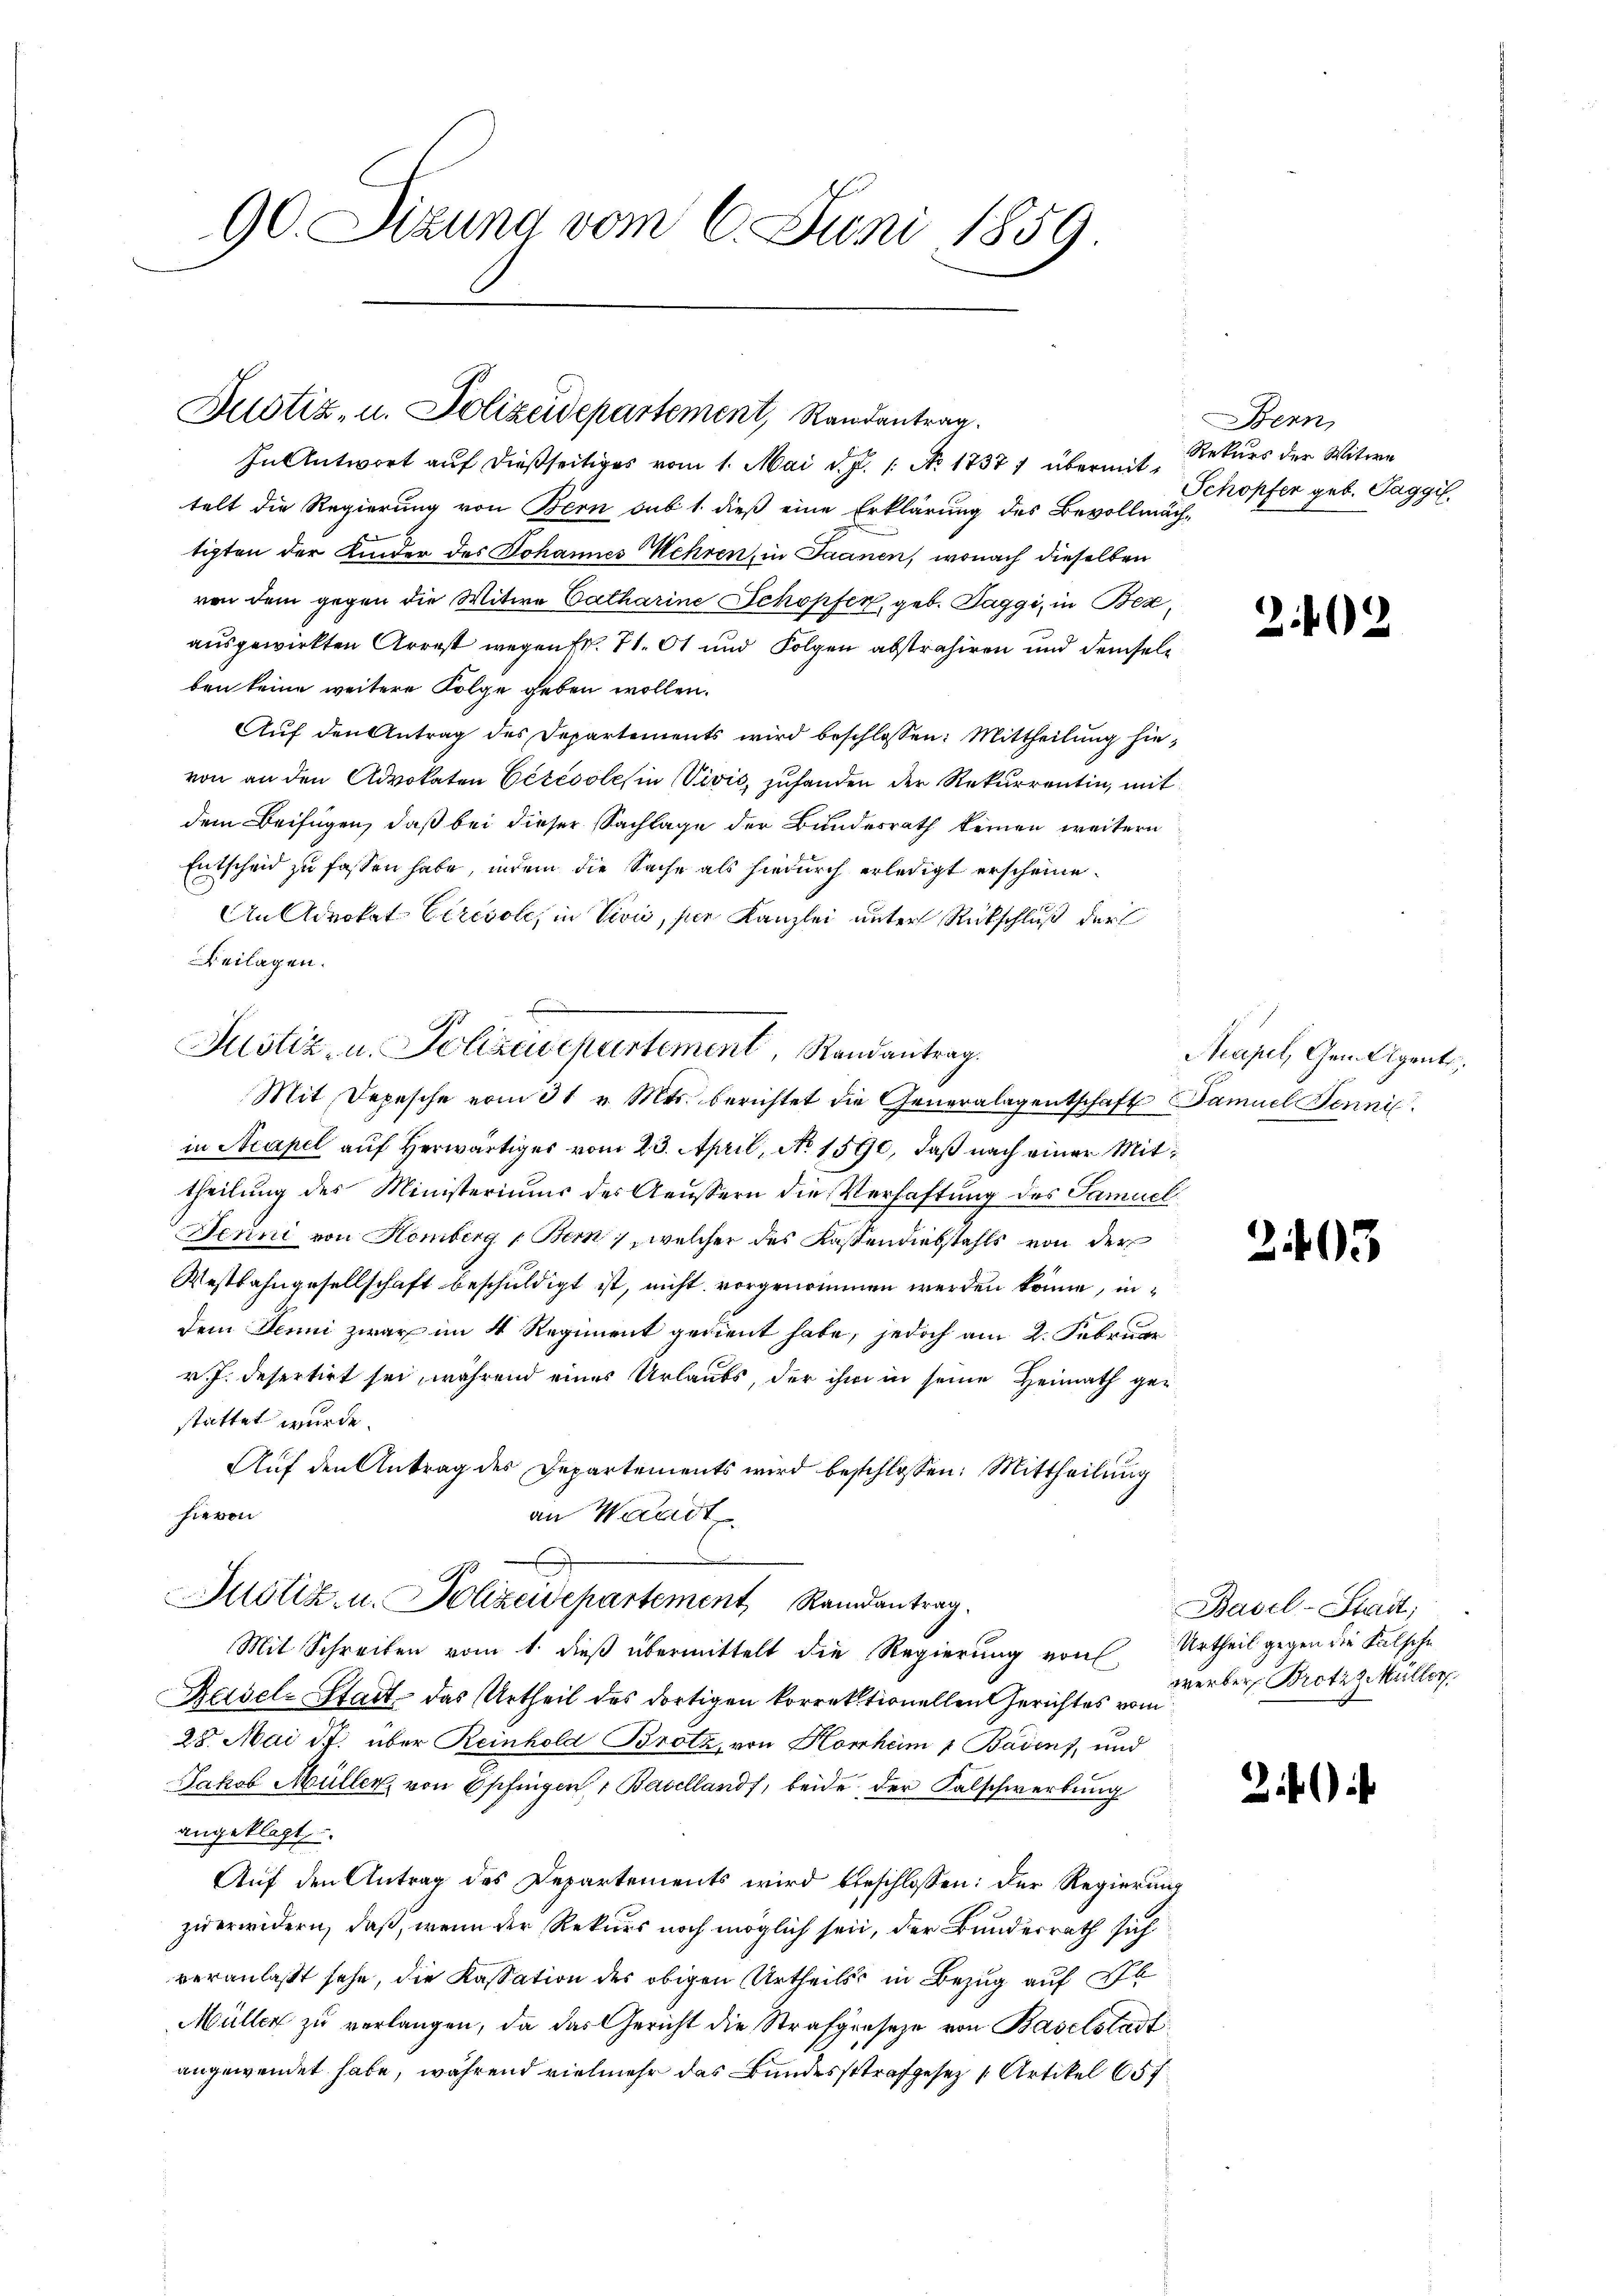
90. Sizung vom 6. Juni 1859.

Justiz- u. Polizeidepartement, Randantrag.
In Antwort auf dießseitiges vom 1. Mai d. J. 1. No. 1837, übermit, Rekurs der Witwe

telt die Regierung von Bern sub 1. dieß eine Erklärung des Bevollmäch-
tigten der Kinder des Johannes Mehren, in Saanen, wonach dieselben
von dem gegen die Witwe Catharine Schopfer, geb. Taggi, in Bez
ausgewirkten Arrest wegen Fr. 21. Ob und Folgen abstrahiren und demsel
ben keine weitere Folge geben wollen.
Auf den Antrag des Departements wird beschlossen: Mittheilung hie
von an den Advokaten Bérésole in Vivić, zuhanden der Rekurrentin, mi
dem Beifügen, daß bei dieser Sachlage der Bundesrath keinen weitern
Entscheid zu fassen habe, indem die Sache als hiedurch erledigt erscheine.
An Advokat Circsole, in Vivi, sie Kanzlei unter Rückschluß der
Beilagen.
in Neapel auf herwärtiges vom 23. April, No 1590, daß nach einer Mittheilung des Ministeriums des Aeussern die Verhaftung des Samuel
Jenni von Homberg (Bern), welcher des Kassendiebstahls von der
Westbahngesellschaft beschuldigt ist, nicht vorgenommen werden könne, indem Denni zwar im 4 Regiment gedient habe, jedoch am 2. Februar
r. J. desertirt sei, während eines Urlaubs, der ihm in seine Heimath gestattet wurde.
Auf den Antrag des Departements wird beschlossen: Mittheilung
hievon
an Waadt
Justiz- u. Polizeidepartement, Randantrag.
Mit Schreiben vom 1. dieß übermittelt die Regierung von
Reisel-Stadt, das Urtheil des dortigen korrektionellen Gerichtes vom
28. Mai d. über Reinhold Brotz, von Kornheim 1 Baden, und
Jakob Müller von Eschingen, Basellands, beide der Falschwertung
angeklagt,
Auf den Antrag des Departements wird beschlossen: Der Regieri
zu erwidern, daß, wenn der Rekurs noch möglich sei, der Bunderrath sich
veranlaßt sehe, die Kassation des obigen Urtheils in Bezug auf Ab
Müller zŭ verlangen, da das Gericht die Strafgeseze von Baselstadt
angewendet habe, während vielmehr das Bundesstrafgesetz 1 Artikel 657

Justiz- u. Polizisepartement, Randantrag.
Mit Depesche vom 31. v. Mts. berichtet die Generalagentschaft Samuel Benni

Bern
Schopfen geb. Taggil.

s
g
1.

e

Neapel, Gen. Agent

2403

Basel-Stadt;
Urtheil gegen die Falsche
werber Brotiz Müller

3

i